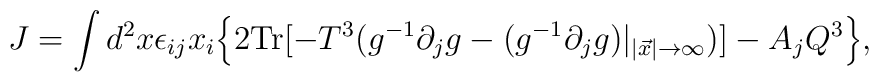
J=\int d^2x \epsilon_{ij}x_i\Bigl\{ 2\mbox{Tr}[ -T^{3}(g^{-1}\partial_{j}g-(g^{-1}\partial_{j}g)|_{|\vec{x}|\rightarrow \infty})]-A_jQ^3\Bigr\},